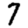
Digit: 7